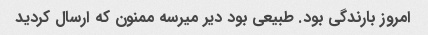
امروز بارندگی بود. طبیعی بود دیر میرسه ممنون که ارسال کردید